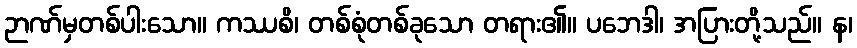
ဉာဏ်မှတစ်ပါးသော။ ကဿစိ၊ တစ်စုံတစ်ခုသော တရား၏။ ပဘေဒါ၊ အပြားတို့သည်။ န၊